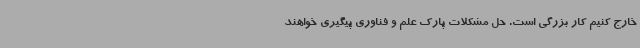
خارج کنیم کار بزرگی است. حل مشکلات پارک علم و فناوری پیگیری خواهند